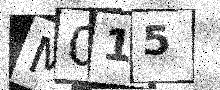
Text: M015